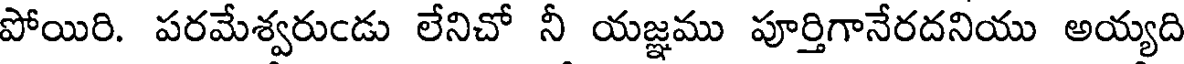
పోయిరి. పరమేశ్వరుండు లేనిచో నీ యజ్ఞము పూర్తిగానేరదనియు అయ్యది